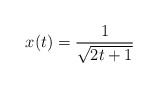
\begin{align*} x(t) = \frac{1}{\sqrt{2t + 1}}\end{align*}